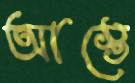
আস্তে